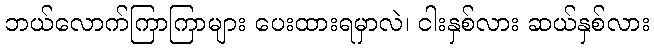
ဘယ်လောက်ကြာကြာများ ပေးထားရမှာလဲ၊ ငါးနှစ်လား ဆယ်နှစ်လား